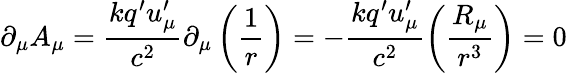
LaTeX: \partial_{\mu}A_{\mu}=\frac{kq^{\prime}u_{\mu}^{\prime}}{c^{2}}\partial_{\mu}\left(\frac 1r\right)=-\frac{kq^{\prime}u_{\mu}^{\prime}}{c^{2}}\left(\frac{R_{\mu}}{r^{3}}\right)=0